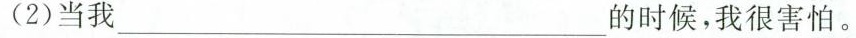
(2)当我___的时候，我很害怕。